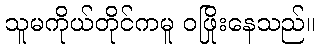
သူမကိုယ်တိုင်ကမူ ဝဖြိုးနေသည်။